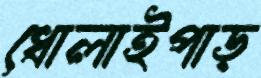
ধোলাইপাড়